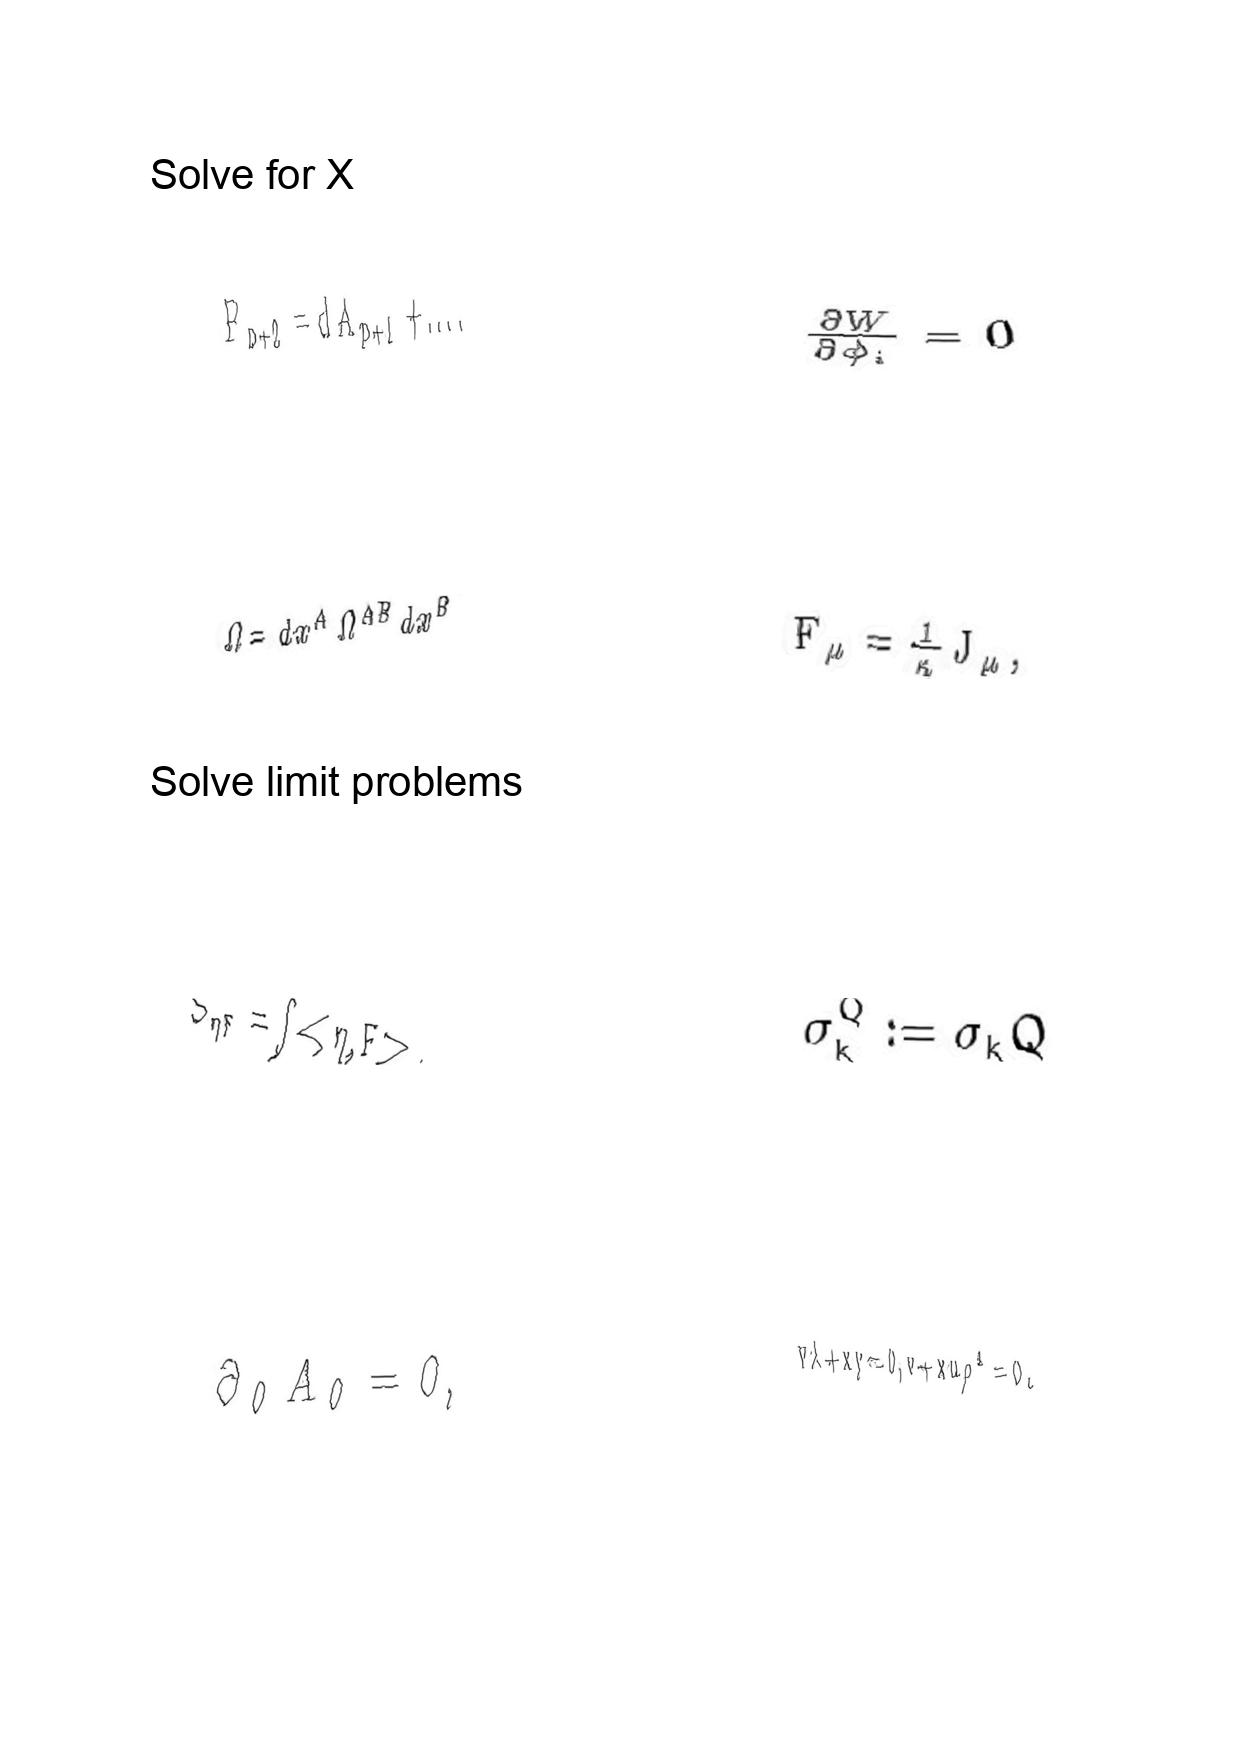
LaTeX transcription:
F _ { p + 2 } = d A _ { p + 1 } + \ldots .
\Omega = d x ^ { A } \Omega ^ { A B } d x ^ { B }
S _ { \eta F } = \int \lt \eta , F \gt .
\partial _ { 0 } A _ { 0 } = 0 ,
\frac { \partial W } { \partial \phi _ { i } } = 0
F _ { \mu } = \frac { 1 } { \kappa } J _ { \mu } ,
\sigma _ { k } ^ { Q } : = \sigma _ { k } Q
v \lambda + x y = 0 , v + x u \rho ^ { 2 } = 0 .